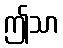
ဤသာ